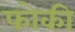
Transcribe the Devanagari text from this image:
फोकी